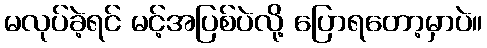
မလုပ်ခဲ့ရင် မင့်အပြစ်ပဲလို့ ပြောရတော့မှာပဲ။